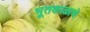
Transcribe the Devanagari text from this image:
भूतकाळाचे